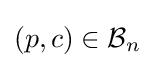
(p,c)\in {\mathcal {B}}_{n}